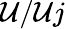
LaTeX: \mathcal{U}/\mathcal{U}j